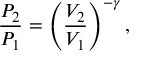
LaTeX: { \frac { P _ { 2 } } { P _ { 1 } } } = \left( { \frac { V _ { 2 } } { V _ { 1 } } } \right) ^ { - \gamma } ,